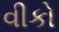
વીકો